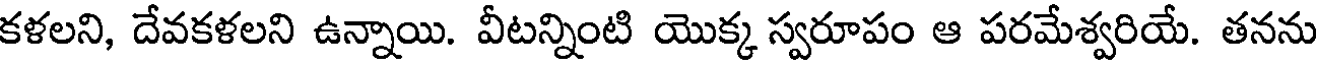
కళలని, దేవకళలని ఉన్నాయి. వీటన్నింటి యొక్క స్వరూపం ఆ పరమేశ్వరియే. తనను